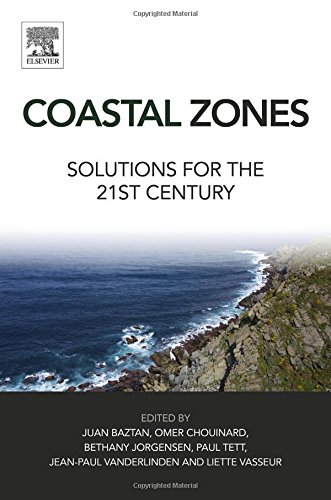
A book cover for Coastal Zones: Solutions for the 21st Century; Juan Baztan; Engineering & Transportation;